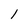
Character: l